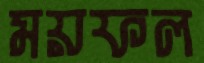
ময়ফল